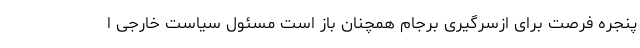
پنجره فرصت برای ازسرگیری برجام همچنان باز است مسئول سیاست خارجی ا